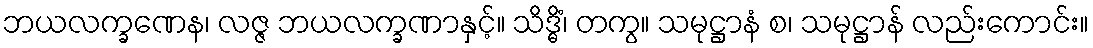
ဘယလက္ခဏေန၊ လဇ္ဇ ဘယလက္ခဏာနှင့်။ သိဒ္ဓိံ၊ တကွ။ သမုဋ္ဌာနံ စ၊ သမုဋ္ဌာန် လည်းကောင်း။